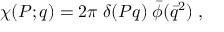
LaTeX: \chi ( P ; q ) = 2 \pi \; \delta ( P q ) \; \bar { \phi } ( \bar { q } ^ { 2 } ) \; ,